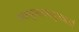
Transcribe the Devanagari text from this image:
भक्त्युल्लसत्पुलकतां